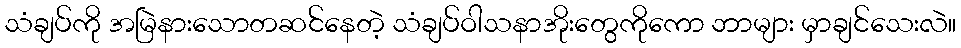
သံချပ်ကို အမြဲနားသောတဆင်နေတဲ့ သံချပ်ဝါသနာအိုးတွေကိုကော ဘာများ မှာချင်သေးလဲ။